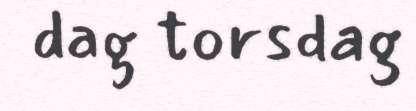
dag torsdag